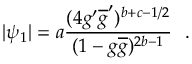
| \psi _ { 1 } | = a \frac { ( 4 g ^ { \prime } \overline { { { g } } } ^ { \prime } ) ^ { b + c - 1 / 2 } } { ( 1 - g \overline { { { g } } } ) ^ { 2 b - 1 } } ~ ~ .